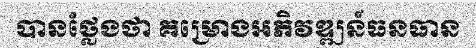
បានថ្លែងថា គម្រោងអភិវឌ្ឍន៍ធនធាន